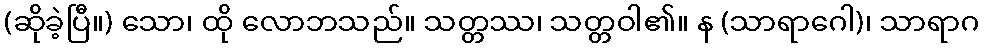
(ဆိုခဲ့ပြီ။) သော၊ ထို လောဘသည်။ သတ္တဿ၊ သတ္တဝါ၏။ န (သာရာဂေါ)၊ သာရာဂ